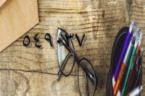
٥٤٩٠٣٧